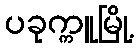
ပခုက္ကူမြို့